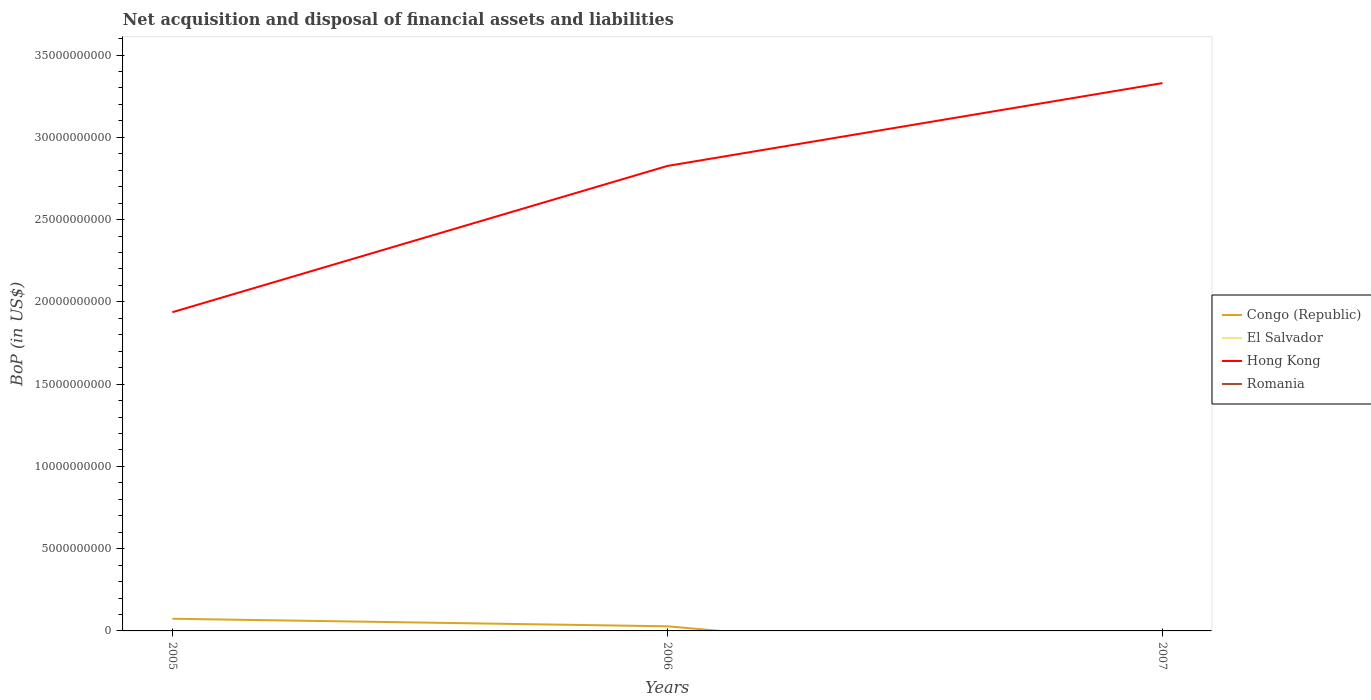
| Years | Congo (Republic) | El Salvador | Hong Kong | Romania |
 | --- | --- | --- | --- | --- |
 | 2005 | 7.4e+08 | -9.77e+08 | 1.94e+10 | -7.16e+09 |
 | 2006 | 2.8e+08 | -1.15e+09 | 2.83e+10 | -1.23e+10 |
 | 2007 | -2.35e+09 | -2.81e+08 | 3.33e+10 | -2.33e+10 |